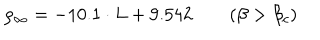
\rho _ { \infty } = - 1 0 . 1 \cdot L + 9 . 5 4 2 \qquad ( \beta > \beta _ { c } )